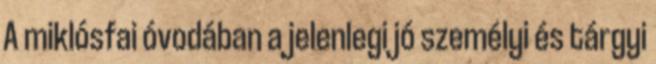
A miklósfai óvodában a jelenlegi jó személyi és tárgyi